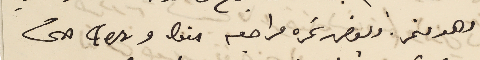
وهو منمر وبعض نمره مراجعه bis و  tes حتى